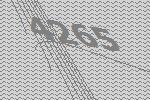
4265